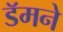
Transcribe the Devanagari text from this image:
डॅमने